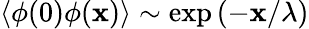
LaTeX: \langle\phi(0)\phi(\mathbf{x})\rangle\sim\exp\left(-\mathbf{x}/\lambda\right)